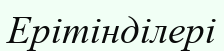
Ерітінділері